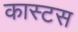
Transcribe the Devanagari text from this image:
कास्टस